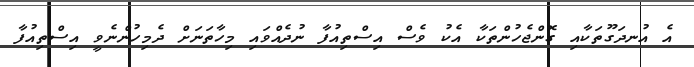
އެ އުނދަގޫތަކާއި ގޮންޖެހުންތަކާ އެކު ވެސް އިސްތިއުފާ ނުދެއްވައި މިހާތަނަށް ދެމިހުންނެވީ އިސްތިއުފާ